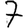
Digit: 7